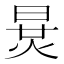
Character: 𣇪